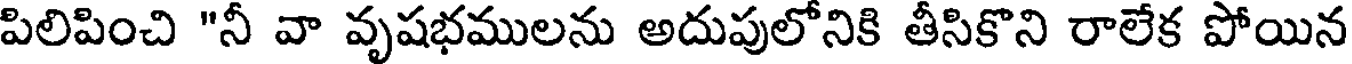
పిలిపించి "నీ వా వృషభములను అదుపులోనికి తీసికొని రాలేక పోయిన